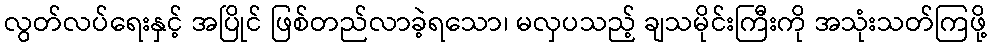
လွတ်လပ်ရေးနှင့် အပြိုင် ဖြစ်တည်လာခဲ့ရသော၊ မလှပသည့် ချသမိုင်းကြီးကို အသုံးသတ်ကြဖို့